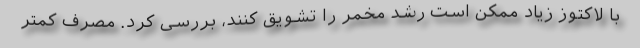
با لاکتوز زیاد ممکن است رشد مخمر را تشویق کنند، بررسی کرد. مصرف کمتر